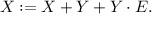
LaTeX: X : = X + Y + Y \cdot E .